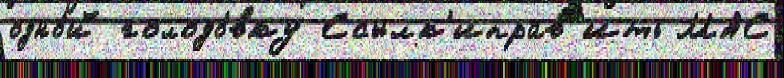
одно́й голодо́вку Ссылк'иправ'ить МАС